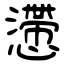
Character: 懘